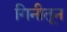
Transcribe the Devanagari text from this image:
गिनीतून